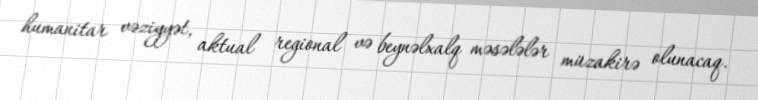
humanitar vəziyyət, aktual regional və beynəlxalq məsələlər müzakirə olunacaq.